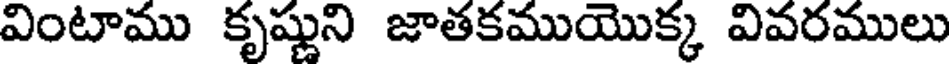
వింటాము కృష్ణుని జాతకముయొక్క వివరములు